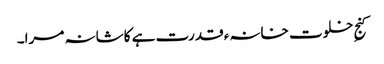
کنجِ خلوت خانہء قدرت ہے کاشانہ مرا۔